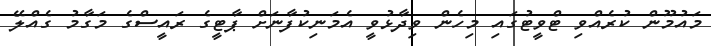
މައުމޫން ކުރެއްވި ޓްވީޓުގައި މިހެން ވިދާޅުވީ އެމަނިކުފާނަށް ޕާޓީގެ ރައީސްގެ މަގާމު ގެއްލޭ